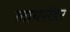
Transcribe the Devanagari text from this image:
लायसेंडर